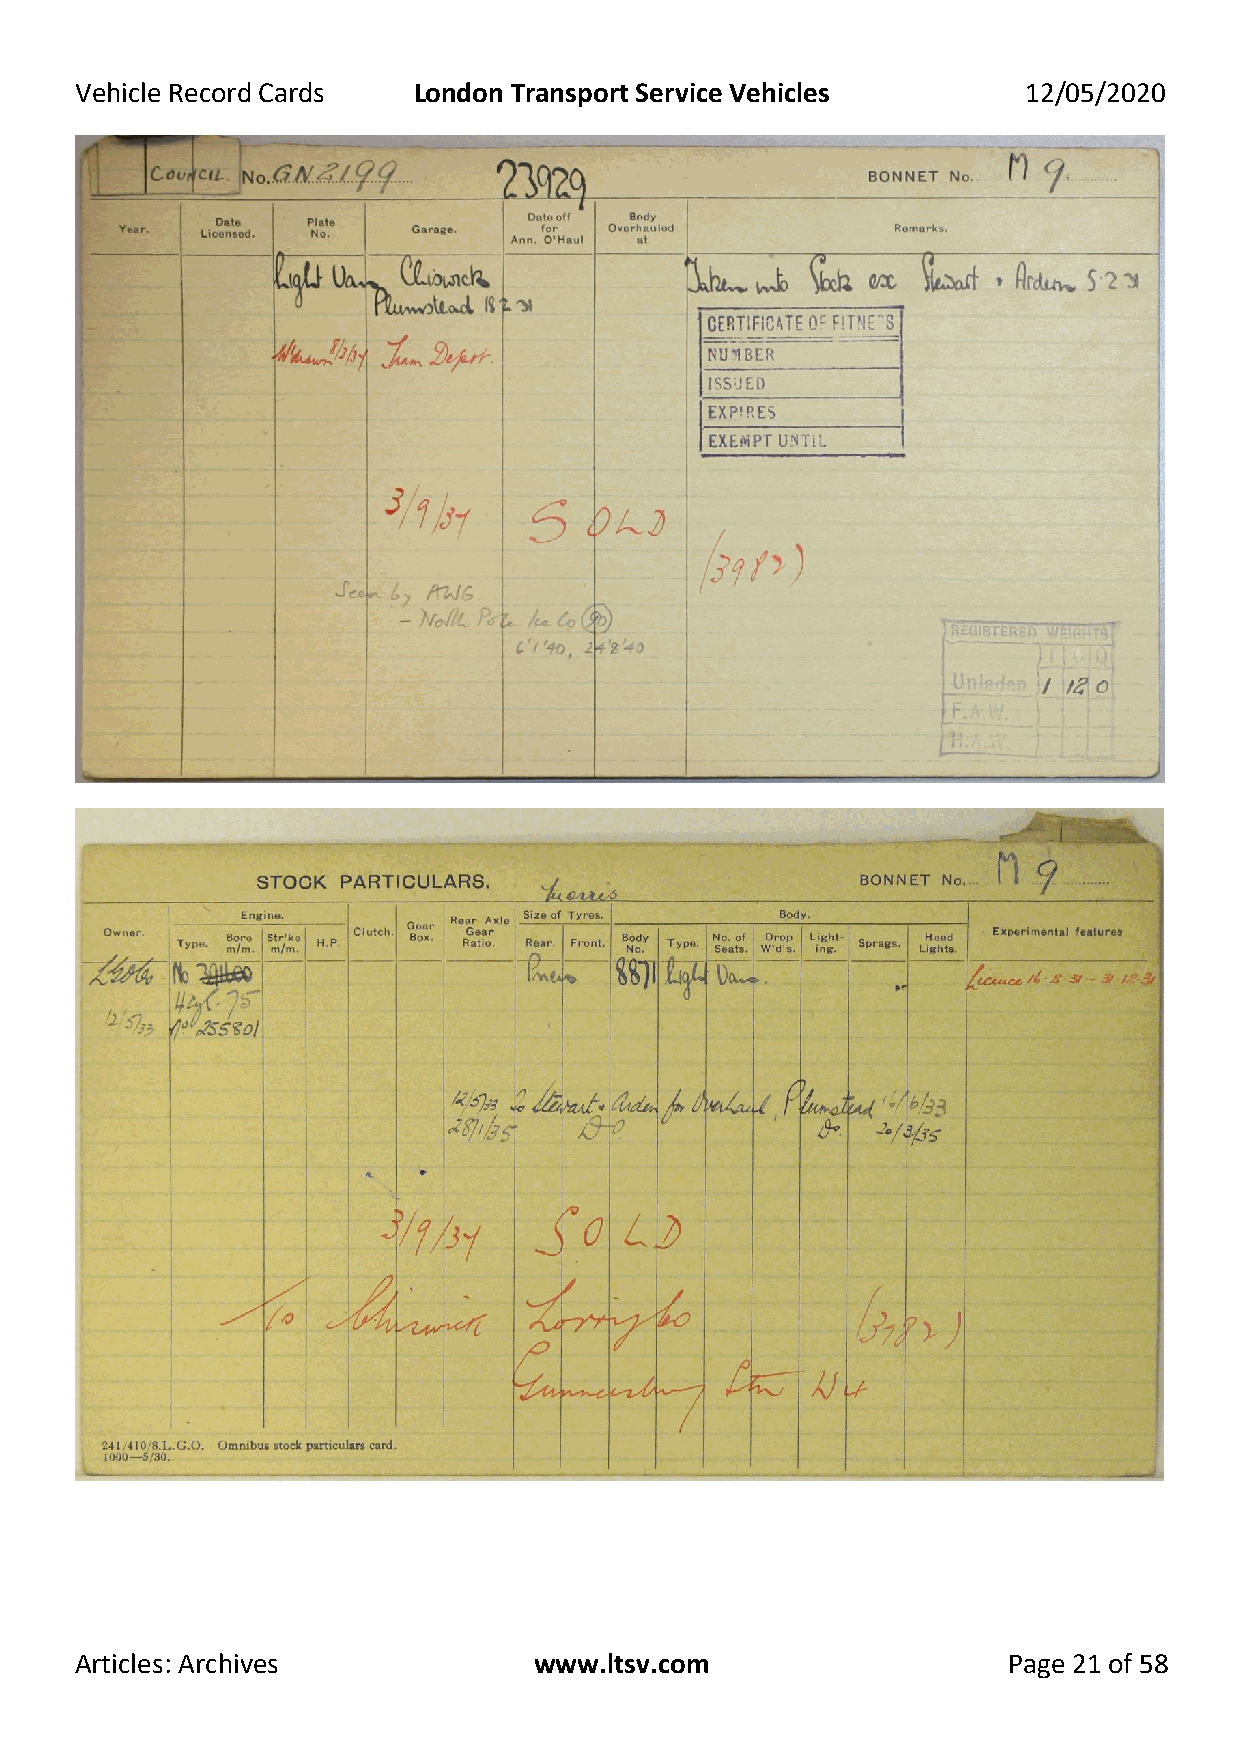
Vehicle Record Cards  London Transport Service Vehicles        12/05/2020
 Articles: Archives            www.ltsv.com                    Page 21 of 58